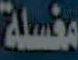
مغسلة